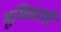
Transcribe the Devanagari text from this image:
भूमिकायो